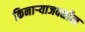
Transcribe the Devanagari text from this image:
किनाऱ्‍याजवळील